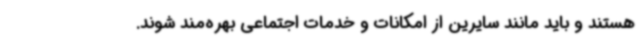
هستند و باید مانند سایرین از امکانات و خدمات اجتماعی بهره‌مند شوند.